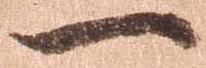
一